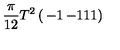
{ \frac { \pi } { 1 2 } } T ^ { 2 } \left( \begin{matrix} { - 1 } & { - 1 } \\ { 1 } & { 1 } \\ \end{matrix} \right)